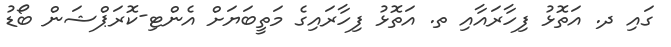
ގައި ދ. އަތޮޅު ފިހާރައާއި ތ. އަތޮޅު ފިހާރައިގެ މަތީބަޔަށް އެންޓި-ކޮރަޕްޝަން ބޯޑު